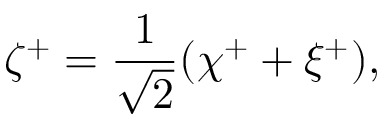
\zeta ^ { + } = \frac { 1 } { \sqrt { 2 } } ( \chi ^ { + } + \xi ^ { + } ) ,